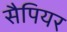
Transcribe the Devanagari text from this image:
सैपियर